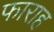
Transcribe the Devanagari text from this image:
फाराह